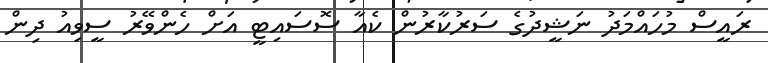
ރައީސް މުހައްމަދު ނަޝީދުގެ ސަރުކާރުން ކެއާ ސޮސައިޓީ އަށް ހެންވޭރު ސީވިއު ދިން